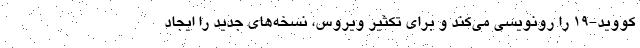
کووید-۱۹ را رونویسی می‌کند و برای تکثیر ویروس، نسخه‌های جدید را ایجاد